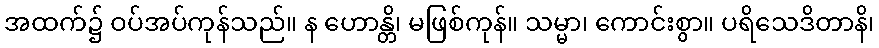
အထက်၌ ဝပ်အပ်ကုန်သည်။ န ဟောန္တိ၊ မဖြစ်ကုန်။ သမ္မာ၊ ကောင်းစွာ။ ပရိသေဒိတာနိ၊